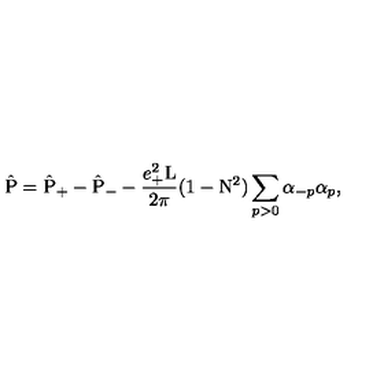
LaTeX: \hat { \mathrm { P } } = \hat { \mathrm { P } } _ { + } - \hat { \mathrm { P } } _ { - } - \frac { e _ { + } ^ { 2 } \mathrm { L } } { 2 \pi } ( 1 - \mathrm { N } ^ { 2 } ) \sum _ { p > 0 } { \alpha } _ { - p } { \alpha } _ { p } ,